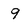
Character: 9